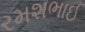
રમશભાઈ